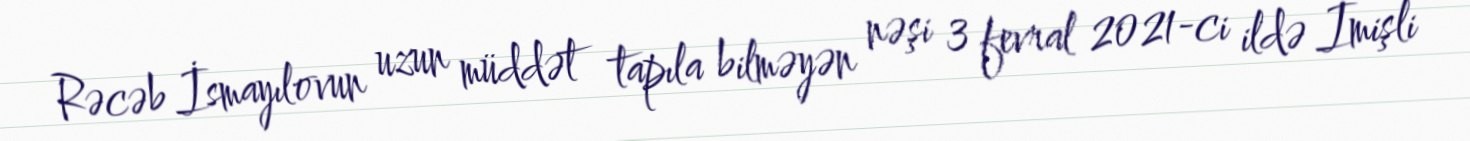
Rəcəb İsmayılovun uzun müddət tapıla bilməyən nəşi 3 fevral 2021-ci ildə İmişli